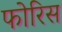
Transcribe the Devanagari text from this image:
फोरिस